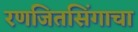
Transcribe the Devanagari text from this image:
रणजितसिंगाचा